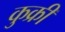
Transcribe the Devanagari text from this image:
कुक्री